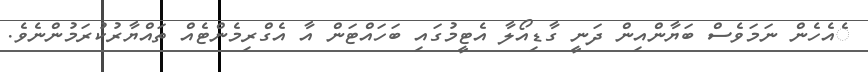
ެއެހެން ނަމަވެސް ބަޔާންއިން ދަނީ ގާޑިއޯލާ އެޓީމުގައި ބަހައްޓަން އާ އެގްރިމެންޓެއް ތައްޔާރުކުރަމުންނެވެ.